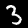
Label: 3